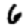
Digit: 6